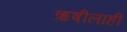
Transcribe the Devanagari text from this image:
ऋषीलाही